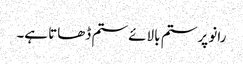
رانو پر ستم بالائے ستم ڈھاتا ہے۔